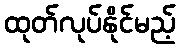
ထုတ်လုပ်နိုင်မည့်